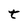
Character: t